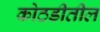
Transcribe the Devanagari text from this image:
कोठडीतील